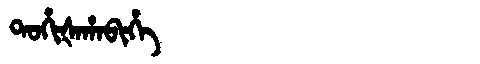
Manchu: ᡨᠣᡥᡳᡧᠠᡥᠠᠪᡳᡥᡝ
Romanization: TOHIŠAHABIHE